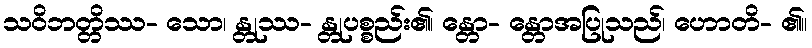
သဝိဘတ္တိဿ- သော၊ န္တုဿ- န္တုပစ္စည်း၏၊ န္တော- န္တောအပြုသည်၊ ဟောတိ- ၏။